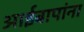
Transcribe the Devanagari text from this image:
आईबापांना